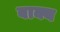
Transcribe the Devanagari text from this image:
बाक्य